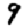
Digit: 9